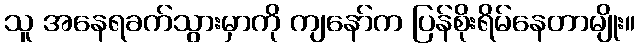
သူ အနေရခက်သွားမှာကို ကျနော်က ပြန်စိုးရိမ်နေတာမျိုး။